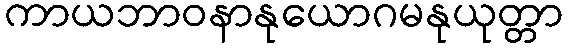
ကာယဘာဝနာနုယောဂမနုယုတ္တာ